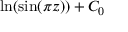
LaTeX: \ln ( \sin ( \pi z ) ) + C _ { 0 }